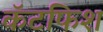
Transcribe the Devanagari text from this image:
कॅटफिश